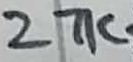
Text: 27K